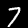
Digit: 7